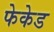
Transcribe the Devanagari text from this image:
फेकेड